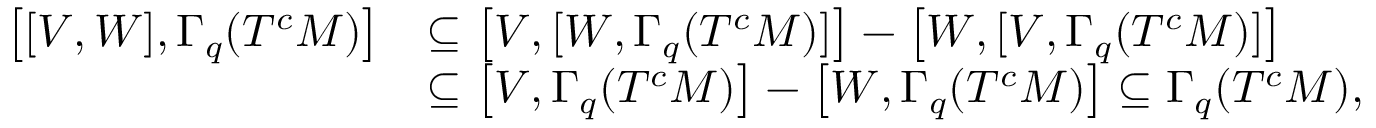
\begin{array} { r l } { \left[ [ V , W ] , \Gamma _ { q } ( T ^ { c } M ) \right] } & { \subseteq \left[ V , [ W , \Gamma _ { q } ( T ^ { c } M ) ] \right] - \left[ W , [ V , \Gamma _ { q } ( T ^ { c } M ) ] \right] } \\ & { \subseteq \left[ V , \Gamma _ { q } ( T ^ { c } M ) \right] - \left[ W , \Gamma _ { q } ( T ^ { c } M ) \right] \subseteq \Gamma _ { q } ( T ^ { c } M ) , } \end{array}